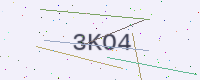
Text: 3KO4